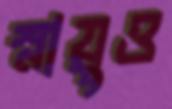
স্নায়ুও